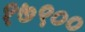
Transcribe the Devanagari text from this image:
१७९००